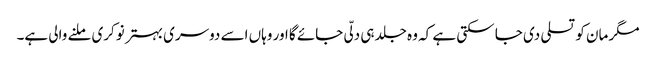
مگر مان کو تسلی دی جا سکتی ہے کہ وہ جلد ہی دلّی جائے گا اور وہاں اسے دوسری بہتر نوکری ملنے والی ہے۔